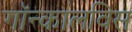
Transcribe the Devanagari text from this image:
गॉन्कालविस